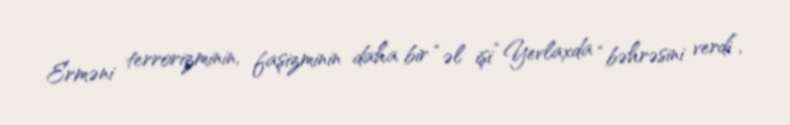
Erməni terrorizminin, faşizminin daha bir “əl işi” Yevlaxda “bəhrəsini verdi”,